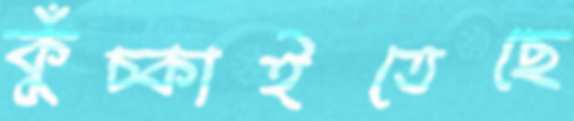
কুঁচ্‌কাইতেছে